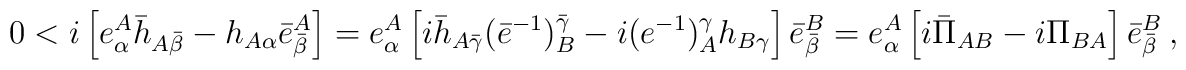
0 < i \left[e^A_\alpha  \bar h_{A\bar \beta}-h_{A\alpha}\bar e^A_{\bar \beta}\right]=e^A_\alpha \left[i\bar h_{A\bar \gamma}(\bar e^{-1})^{\bar \gamma} _B-i (e^{-1})_A^\gamma h_{B\gamma}\right]\bar e^B_{\bar \beta} =e^A_\alpha \left[i\bar \Pi_{AB} -i \Pi_{BA}\right] \bar e^B_{\bar \beta} \ ,